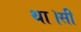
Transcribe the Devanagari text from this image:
था।सी